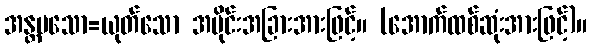
အန္တမသော=ယုတ်သော အပိုင်းအခြားအားဖြင့်။ (အောက်ထစ်ဆုံးအားဖြင့်)။